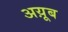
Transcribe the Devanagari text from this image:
अय़ूब